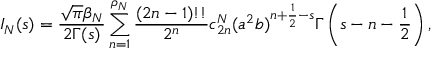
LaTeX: I _ { N } ( s ) = { \frac { \sqrt \pi \beta _ { N } } { 2 \Gamma ( s ) } } \sum _ { n = 1 } ^ { \rho _ { N } } { \frac { ( 2 n - 1 ) ! ! } { 2 ^ { n } } } c _ { 2 n } ^ { N } ( a ^ { 2 } b ) ^ { n + \frac 1 2 - s } \Gamma \left( s - n - \frac 1 2 \right) ,